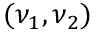
( \nu _ { 1 } , \nu _ { 2 } )